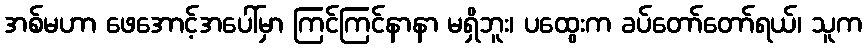
အစ်မဟာ ဖေအောင့်အပေါ်မှာ ကြင်ကြင်နာနာ မရှိဘူး၊ ပထွေးက ခပ်တော်တော်ရယ်၊ သူက